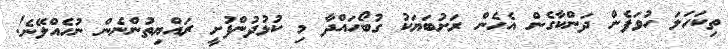
ތިކަހަލަ ހުވަފެން ދަންކާގެން އެހެން ރަށުބަޔަކު ގުބޯހައްދާ މި ކުޅުދުންފުށީ ރައްޔިތުންނެން ނުހެއްލޭނެ!